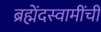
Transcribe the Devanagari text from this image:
ब्रह्मेंदस्वामींची